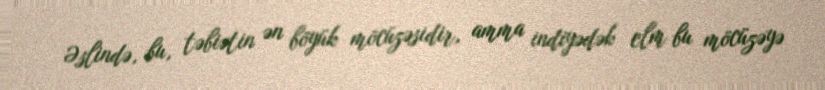
Əslində, bu, təbiətin ən böyük möcüzəsidir, amma indiyədək elm bu möcüzəyə